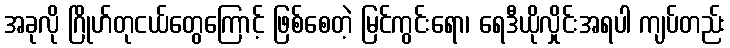
အခုလို ဂြိုဟ်တုငယ်တွေကြောင့် ဖြစ်စေတဲ့ မြင်ကွင်းရော၊ ရေဒီယိုလှိုင်းအရပါ ကျပ်တည်း